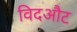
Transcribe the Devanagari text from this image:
विदऔट